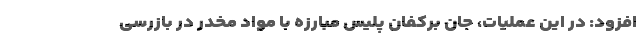
افزود: در این عملیات، جان برکفان پلیس مبارزه با مواد مخدر در بازرسی